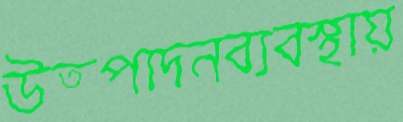
উত্পাদনব্যবস্থায়